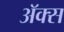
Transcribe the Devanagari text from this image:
अॅक्स